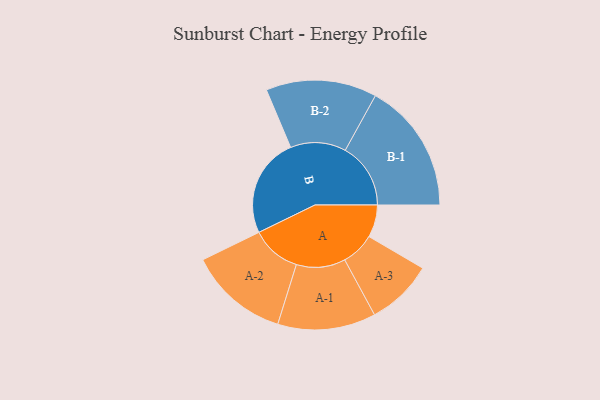
{"axis": {"x": "Segment", "y": "Value"}, "legend": ["", "A", "B"], "data": [{"x": "A", "y": 147, "type": ""}, {"x": "B", "y": 451, "type": ""}, {"x": "A-1", "y": 222, "type": "A"}, {"x": "A-2", "y": 226, "type": "A"}, {"x": "A-3", "y": 151, "type": "A"}, {"x": "B-1", "y": 296, "type": "B"}, {"x": "B-2", "y": 251, "type": "B"}]}